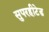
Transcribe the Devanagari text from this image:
सुपरहीटेड